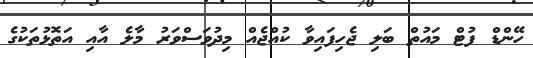
ހޭންޑް ފުޓް މައުތް ބަލި ޖެހިފައިވާ ކުއްޖެއް މިދުވަސްވަރު މާލެ އާއި އަތޮޅުތަކުގެ